system: You are a helpful assistant.
user:
Analyze the provided spectrum to determine if it is a **"Cataclysmic Variables (CV)"**.

- **Key Indicators for CV (Check for either state):**
    - **State 1: Quiescent / Low-State (Emission-Dominated)**
        - **(Primary):** Strong and *very broad* Hydrogen Balmer emission lines (e.g., $H\alpha$ at 6563 Å, $H\beta$ at 4861 Å). The 'broadness' (high velocity dispersion, often FWHM > 1000 km/s) is the key diagnostic, indicating a high-velocity accretion disk.
        - **(Secondary):** Broad neutral Helium (He I) emission lines (e.g., 5876 Å, 6678 Å).
        - **(Key Confirmation):** Presence of high-excitation *ionized* Helium (He II) emission at 4686 Å. This is a strong indicator of accretion onto a white dwarf.
        - **(Line Profile):** Emission lines may exhibit a 'double-peaked' profile, which is a classic signature of a rotating accretion disk viewed at high inclination.

    - **State 2: Outburst / High-State (Absorption-Dominated)**
        - **(Primary):** Spectrum is dominated by a bright, blue continuum (looks like a hot star).
        - **(Secondary):** The emission lines from State 1 are weak, absent, or 'filled in', and are replaced by broad, shallow *absorption* lines (primarily Balmer and He I).
        - **(Morphology):** The overall spectrum mimics a hot B/A-type star. The crucial difference is that the absorption lines are significantly broader, shallower, and more 'washed-out' (or 'smeared') than the sharp lines of a normal stellar photosphere, due to high rotational speeds and pressure broadening in the disk.

Think first, call **spectral_visualization_tool** if needed to examine features in detail, then provide your final answer. Your response must adhere to the following strict rules:
1.  **Overall Structure:** Your response must follow the format `<think>...</think> <tool_call>...</tool_call> (if a tool is used) <answer>...</answer>`.
2.  **Tool Usage Constraint:** You may only make **one** tool call per turn.
3.  **Final Answer Format:** In the `<answer>` tag, your conclusion must be inside a `\boxed{}` command (e.g., `\boxed{YES}`), followed by your justification.

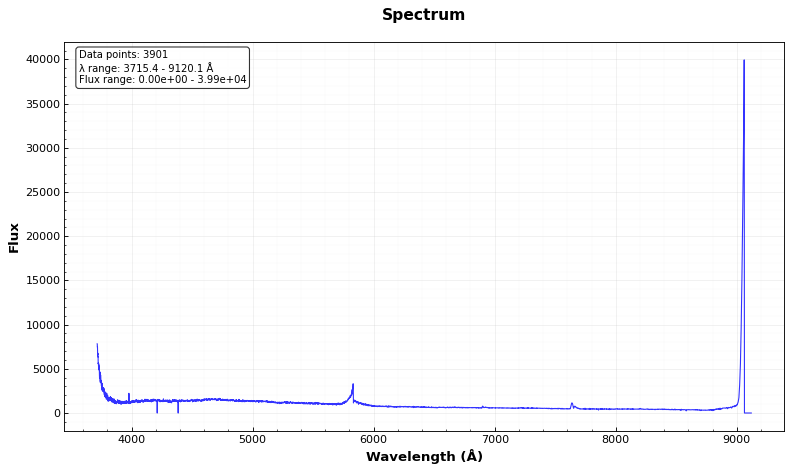
Answer: NO